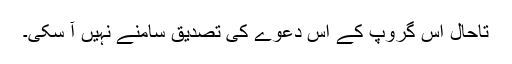
تاحال اس گروپ کے اس دعوے کی تصدیق سامنے نہیں آ سکی۔